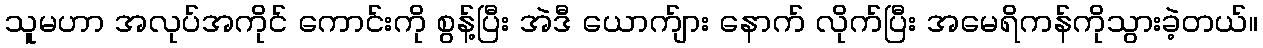
သူမဟာ အလုပ်အကိုင် ကောင်းကို စွန့်ပြီး အဲဒီ ယောက်ျား နောက် လိုက်ပြီး အမေရိကန်ကိုသွားခဲ့တယ်။